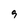
Character: 9